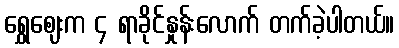
ရွှေဈေးက ၄ ရာခိုင်နှုန်းလောက် တက်ခဲ့ပါတယ်။